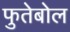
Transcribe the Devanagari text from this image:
फुतेबोल